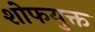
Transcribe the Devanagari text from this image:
शोफयुक्त